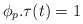
\begin{align*} \phi_p.\tau(t)=1\end{align*}